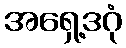
အရှေ့ဒဂုံ